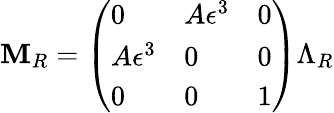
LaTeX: \mathbf{M}_{R}=\left(\begin{array}{lll}{{0}}&{{A\epsilon^{3}}}&{{0}}\\ {{A\epsilon^{3}}}&{{0}}&{{0}}\\ {{0}}&{{0}}&{{1}}\end{array}\right)\Lambda_{R}